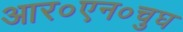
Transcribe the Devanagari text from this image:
आर०एन०चुघ